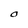
Character: O